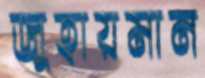
জুহায়মান